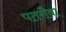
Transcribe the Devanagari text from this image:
पतरौवा